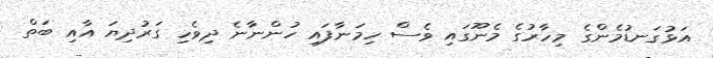
އަޅުގަނޑުމެންގެ މިހާރުގެ މެނޫގައި ވެސް ހިމަނާފައި ހުންނާނެ ދިވެހި ގަރުދިޔަ އާއި ބަތް